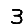
Digit: 3